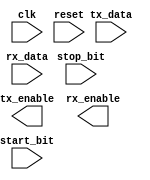
module uart_controller(
    input wire clk,
    input wire reset,
    input wire tx_data,
    output reg tx_enable,
    input wire rx_data,
    output reg rx_enable,
    input wire start_bit,
    input wire stop_bit
);

// FIFO buffer for storing data packets
reg [7:0] tx_fifo [0:15];
reg [7:0] rx_fifo [0:15];
reg tx_ptr = 0;
reg rx_ptr = 0;

// Baud rate generator for generating clock frequency
reg [15:0] baud_counter = 16'hFFFF;
reg baud_tick = 1'b0;

always @(posedge clk) begin
    if (reset) begin
        baud_counter <= 16'hFFFF;
        baud_tick <= 1'b0;
    end else begin
        if (baud_counter == 0) begin
            baud_counter <= 16'hFFFF;
            baud_tick <= ~baud_tick;
        end else begin
            baud_counter <= baud_counter - 1;
        end
    end
end

// Start and stop bit detection
reg start_bit_detected = 1'b0;
reg stop_bit_detected = 1'b0;

always @(posedge clk) begin
    if (reset) begin
        start_bit_detected <= 1'b0;
        stop_bit_detected <= 1'b0;
    end else begin
        if (start_bit) begin
            start_bit_detected <= 1'b1;
        end else if (stop_bit) begin
            stop_bit_detected <= 1'b1;
        end
    end
end

// Error detection and correction mechanisms

// Synchronization between transmitter and receiver

endmodule